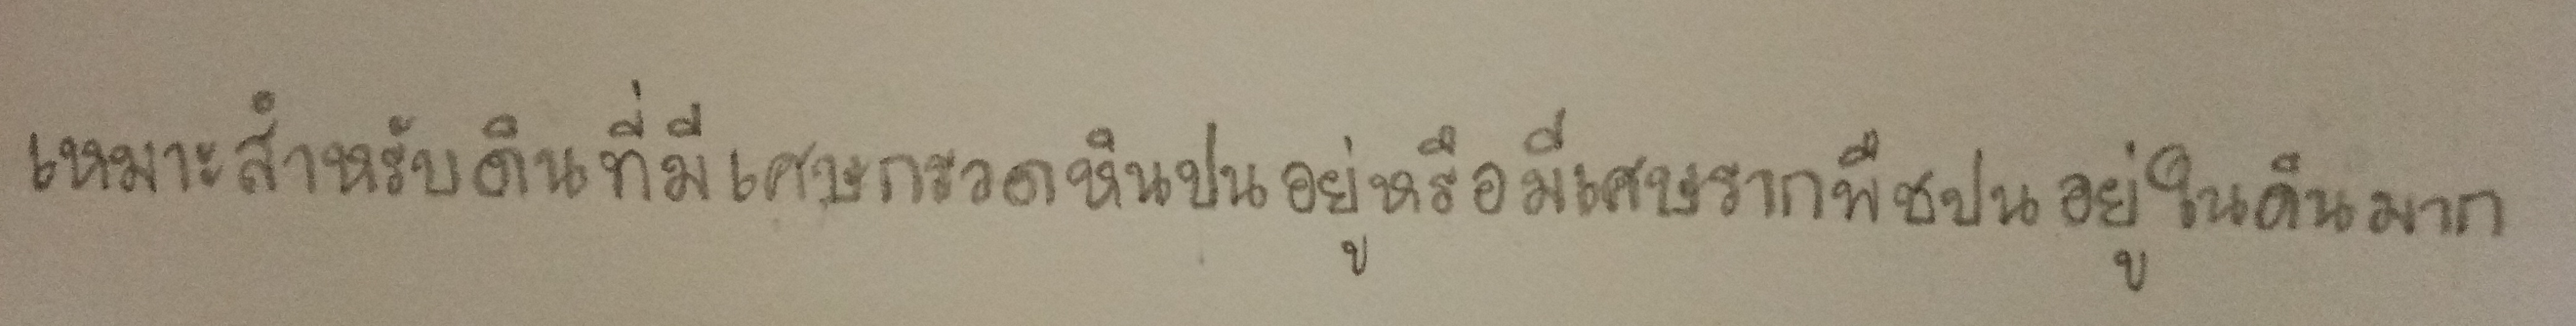
เหมาะสำหรับดินที่มีเศษกรวดหินปนอยู่หรือมีเศษรากพืชปนอยู่ในดินมาก